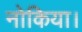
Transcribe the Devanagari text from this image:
नोकिया।